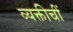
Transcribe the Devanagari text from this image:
व्यक्तीचीं